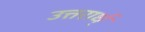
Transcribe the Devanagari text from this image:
उत्तरार्ध्